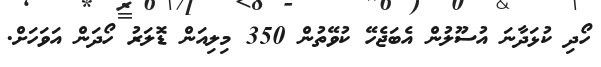
ހޯދި ކުޅަދާނަ އުސޫލުން އެބަޖެހޭ ކުވޭތުން 350 މިލިއަން ޑޮލަރު ހޯދަން އަވަހަށް.